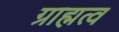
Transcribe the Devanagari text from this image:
ग्राह्मत्व